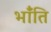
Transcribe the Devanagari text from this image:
भाँंति